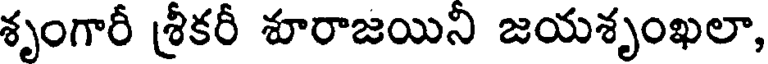
శృంగారీ శ్రీకరీ శూరాజయిని జయశృంఖలా,